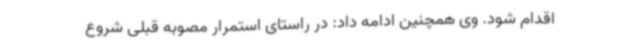
اقدام شود. وی همچنین ادامه داد: در راستای استمرار مصوبه قبلی شروع